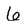
Character: 6